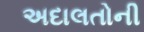
અદાલતોની